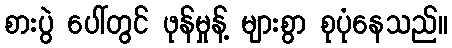
စားပွဲ ပေါ်တွင် ဖုန်မှုန့် များစွာ စုပုံနေသည်။